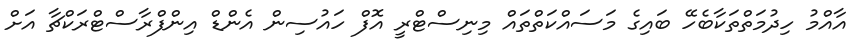
އާއްމު ހިދުމަތްތަކާބެހޭ ބައިގެ މަސައްކަތްތައް މިނިސްޓްރީ އޮފް ހައުސިން އެންޑް އިންފްރާސްޓްރަކްޗާ އަށް